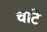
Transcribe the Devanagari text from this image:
चांटे